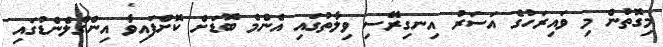
މިގޮތުން މި ވައިރަހުގެ އަސަރު އިނގިރޭސި ވިލާތުގައި އެންމެ ބޮޑަށް ކޮށްފައިވާ އިންގްލެންޑުގައި